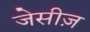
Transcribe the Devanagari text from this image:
जेसीज़